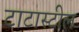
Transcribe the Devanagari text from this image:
टाटास्‍टील